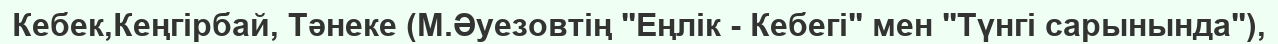
Кебек,Кеңгірбай, Тәнеке (М.Әуезовтің "Еңлік - Кебегі" мен "Түнгі сарынында"),